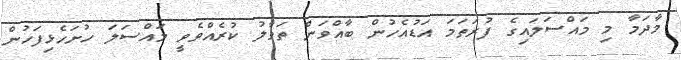
މާދަމާ މި މައްސަލައިގެ ފުރަތަމަ އަޑުއެހުން ބާއްވަން ތަވާލު ކުރެއްވެވީ މައްސަލަ ހުށަހެޅިފަހުން